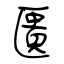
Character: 匱